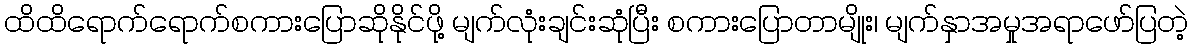
ထိထိရောက်ရောက်စကားပြောဆိုနိုင်ဖို့ မျက်လုံးချင်းဆုံပြီး စကားပြောတာမျိုး၊ မျက်နှာအမှုအရာဖော်ပြတဲ့